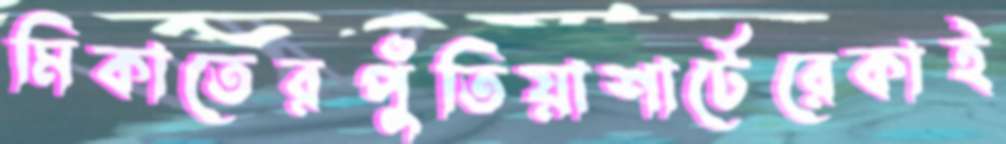
মিকাতেরপুঁতিয়াশার্টেরেকাই